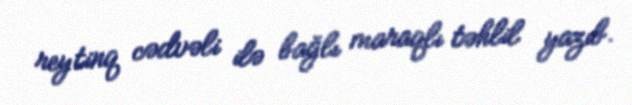
reytinq cədvəli ilə bağlı maraqlı təhlil yazıb.